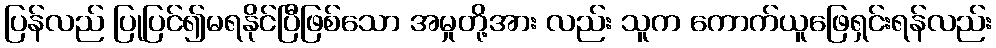
ပြန်လည် ပြုပြင်၍မရနိုင်ပြီဖြစ်သော အမှုတို့အား လည်း သူက ကောက်ယူဖြေရှင်းရန်လည်း